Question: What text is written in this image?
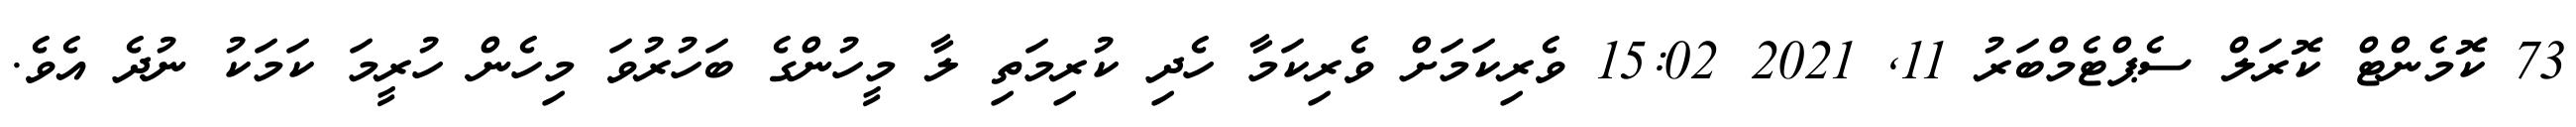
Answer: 73 ކޮމެންޓް ކޮރަލް ސެޕްޓެމްބަރު 11, 2021 15:02 ވެރިކަމަށް ވެރިކަމާ ހެދި ކުރިމަތި ލާ މީހުންގެ ބަހުރުވަ މިހެން ހުރީމަ ކަމަކު ނުދެ އެވެ.